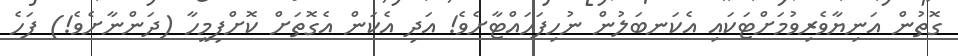
ގޮތުން އަނިޔާވެރިވުމަށްޓަކައި އެކަނބަލުން ނުހިފަހައްޓާށެވެ! އަދި އެކަން އެގޮތަށް ކޮށްފިމީހާ (ދަންނާށެވެ!) ފަހެ